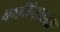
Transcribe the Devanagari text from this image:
कठिनाइआ